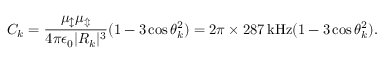
C _ { k } = \frac { \mu _ { \updownarrow } \mu _ { \Updownarrow } } { 4 \pi \epsilon _ { 0 } | R _ { k } | ^ { 3 } } ( 1 - 3 \cos \theta _ { k } ^ { 2 } ) = 2 \pi \times 2 8 7 \, \mathrm { k H z } ( 1 - 3 \cos \theta _ { k } ^ { 2 } ) .